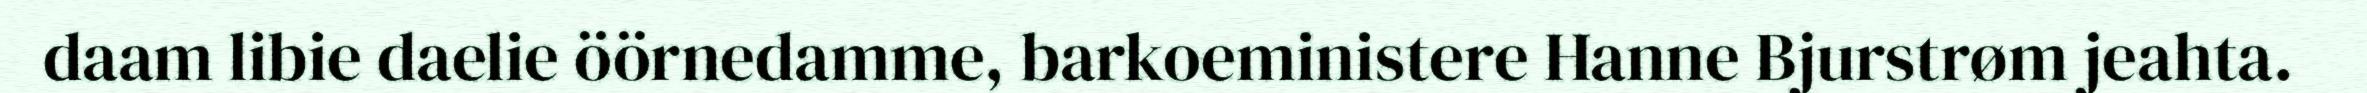
daam libie daelie öörnedamme, barkoeministere Hanne Bjurstrøm jeahta.